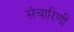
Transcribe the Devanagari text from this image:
संचारिणी